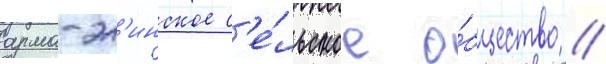
арма-эл'инское с'е́льское о́бщество /